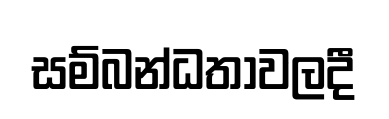
සම්බන්ධතාවලදී